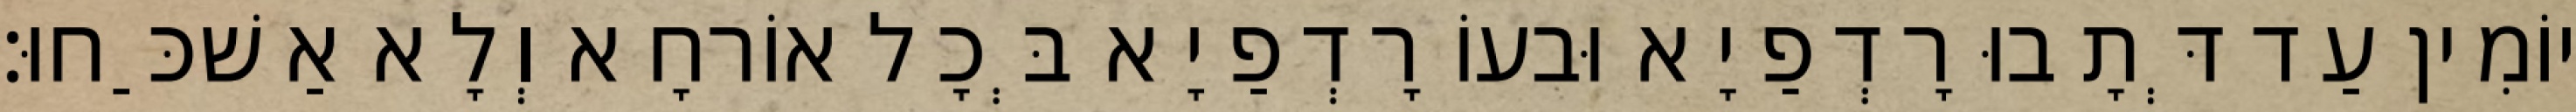
יוֹמִין עַד דְּתָבוּ רָדְפַיָא וּבעוֹ רָדְפַיָא בְּכָל אוֹרחָא וְלָא אַשׁכַּחוּ׃